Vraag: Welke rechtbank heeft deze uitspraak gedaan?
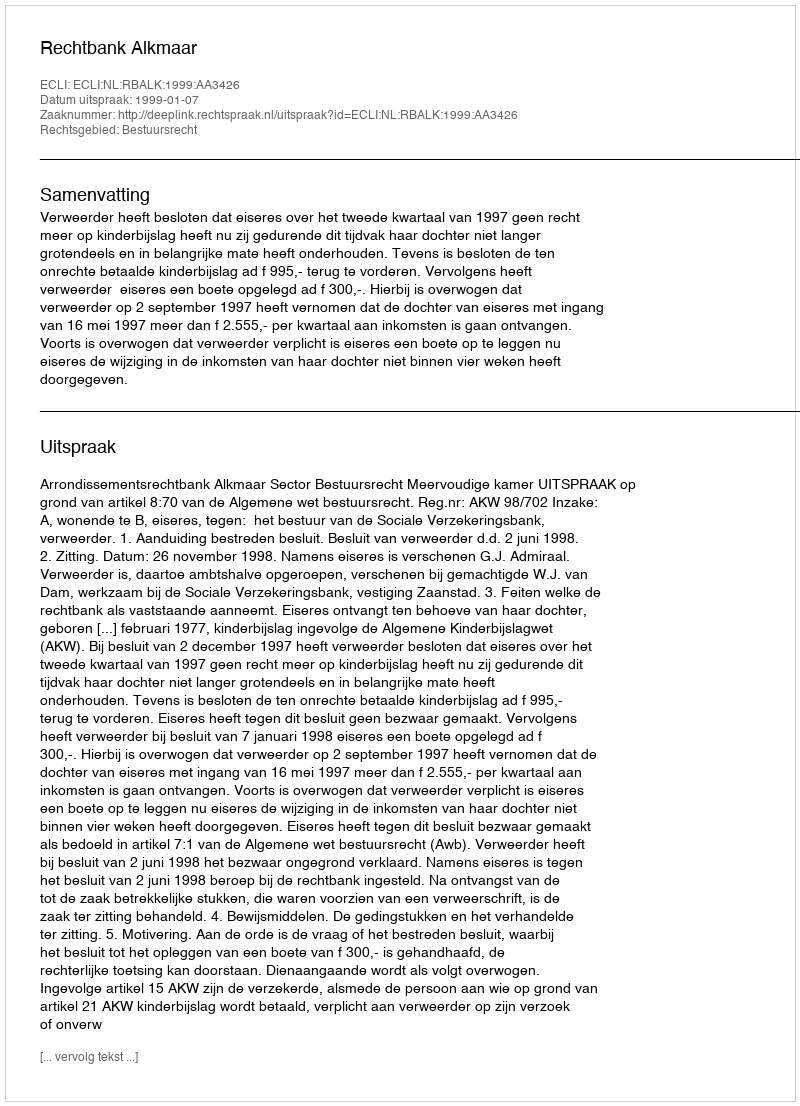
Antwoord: Rechtbank Alkmaar